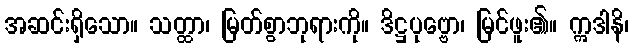
အဆင်းရှိသော။ သတ္ထာ၊ မြတ်စွာဘုရားကို။ ဒိဋ္ဌပုဗ္ဗော၊ မြင်ဖူး၏။ ဣဒါနိ၊